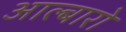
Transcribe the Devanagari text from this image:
आल्बारो